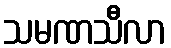
သမဏသီလာ